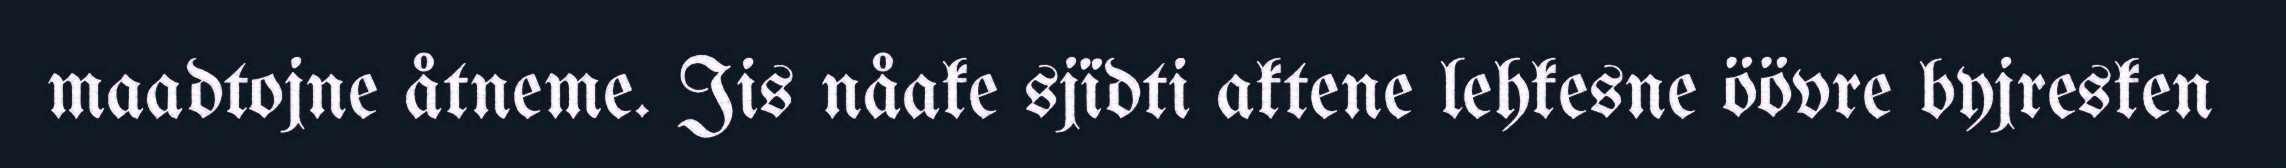
maadtojne åtneme. Jis nåake sjïdti aktene lehkesne öövre byjresken